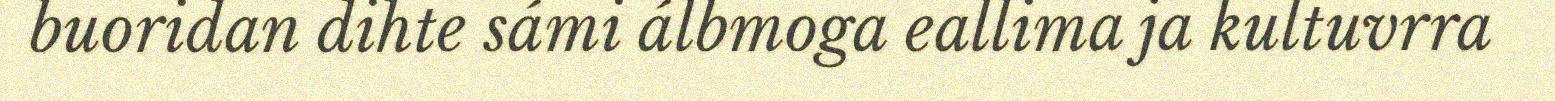
buoridan dihte sámi álbmoga eallima ja kultuvrra